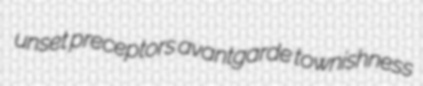
unset preceptors avantgarde townishness